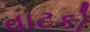
વાટકો